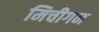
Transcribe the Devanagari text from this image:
मिचीगन